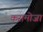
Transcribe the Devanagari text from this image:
करामोजा